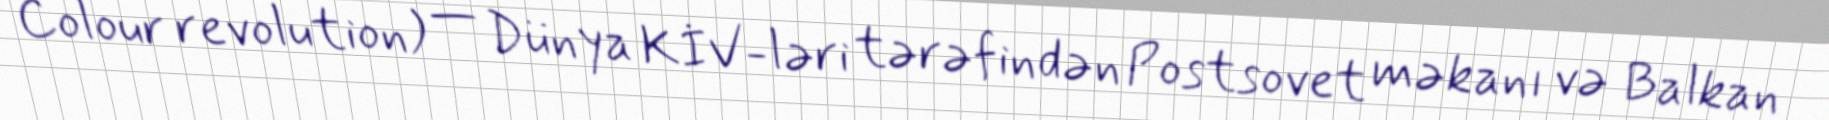
Colour revolution) — Dünya KİV-ləri tərəfindən Postsovet məkanı və Balkan